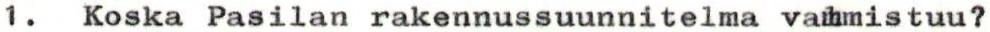
1. Koska Pasilan rakennussuunnitelma valmistuu?